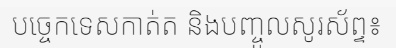
បច្ចេកទេសកាត់ត និងបញ្ចូលសូរស័ព្ទ៖